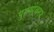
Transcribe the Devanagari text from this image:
पुरुषोथमन